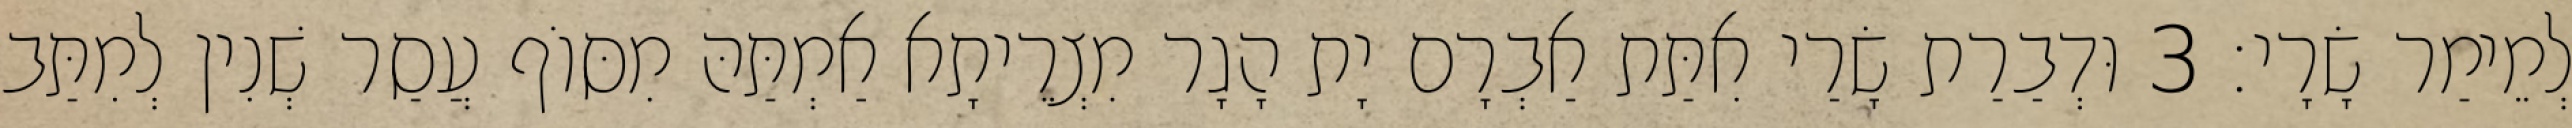
לְמֵימַר שָׂרָי׃ 3 וּדְבַרַת שָׂרַי אִתַּת אַבְרָם יָת הָגָר מִצְרֵיתָא אַמְתַּהּ מִסּוֹף עֲסַר שְׁנִין לְמִתַּב